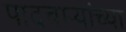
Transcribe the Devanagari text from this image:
पादचाऱ्यांच्या